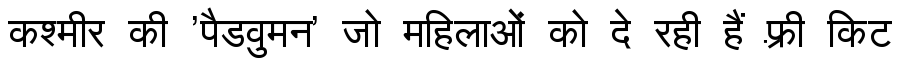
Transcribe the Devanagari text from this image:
कश्मीर की 'पैडवुमन' जो महिलाओं को दे रही हैं फ़्री किट